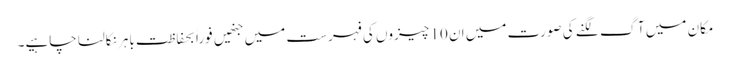
مکان میں آگ لگنے کی صورت میں ان 10 چیزوں کی فہرست میں جنھیں فوراً بحفاظت باہر نکالنا چاہیے۔